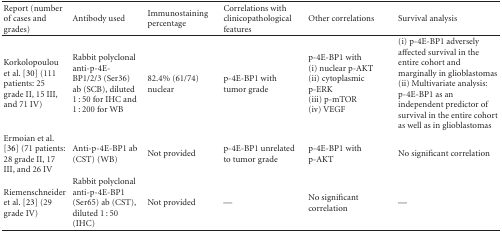
| Report (number of cases and grades) | Antibody used | Immunostaining percentage | Correlations with clinicopathological features | Other correlations | Survival analysis |
 | --- | --- | --- | --- | --- | --- |
 | Korkolopoulou et al. [30] (111 patients: 25 grade II, 15 III, and 71 IV) | Rabbit polyclonal anti-p-4E-BP1/2/3 (Ser36) ab (SCB), diluted 1 : 50 for IHC and 1 : 200 for WB | 82.4% (61/74) nuclear | p-4E-BP1 with tumor grade | p-4E-BP1 with (i) nuclear p-AKT (ii) cytoplasmic p-ERK (iii) p-mTOR (iv) VEGF | (i) p-4E-BP1 adversely affected survival in the entire cohort and marginally in glioblastomas (ii) Multivariate analysis: p-4E-BP1 as an independent predictor of survival in the entire cohort as well as in glioblastomas |
 | Ermoian et al. [36] (71 patients: 28 grade II, 17 III, and 26 IV | Anti-p-4E-BP1 ab (CST) (WB) | Not provided | p-4E-BP1 unrelated to tumor grade | p-4E-BP1 with p-AKT | No significant correlation |
 | Riemenschneider et al. [23] (29 grade IV) | Rabbit polyclonal anti-p-4E-BP1 (Ser65) ab (CST), diluted 1 : 50 (IHC) | Not provided | — | No significant correlation | — |